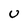
Character: U